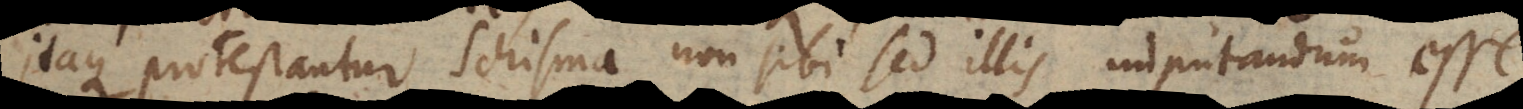
Itaque protestantur schisma non sibi sed illis imputandum e